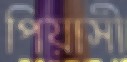
পিয়াসী